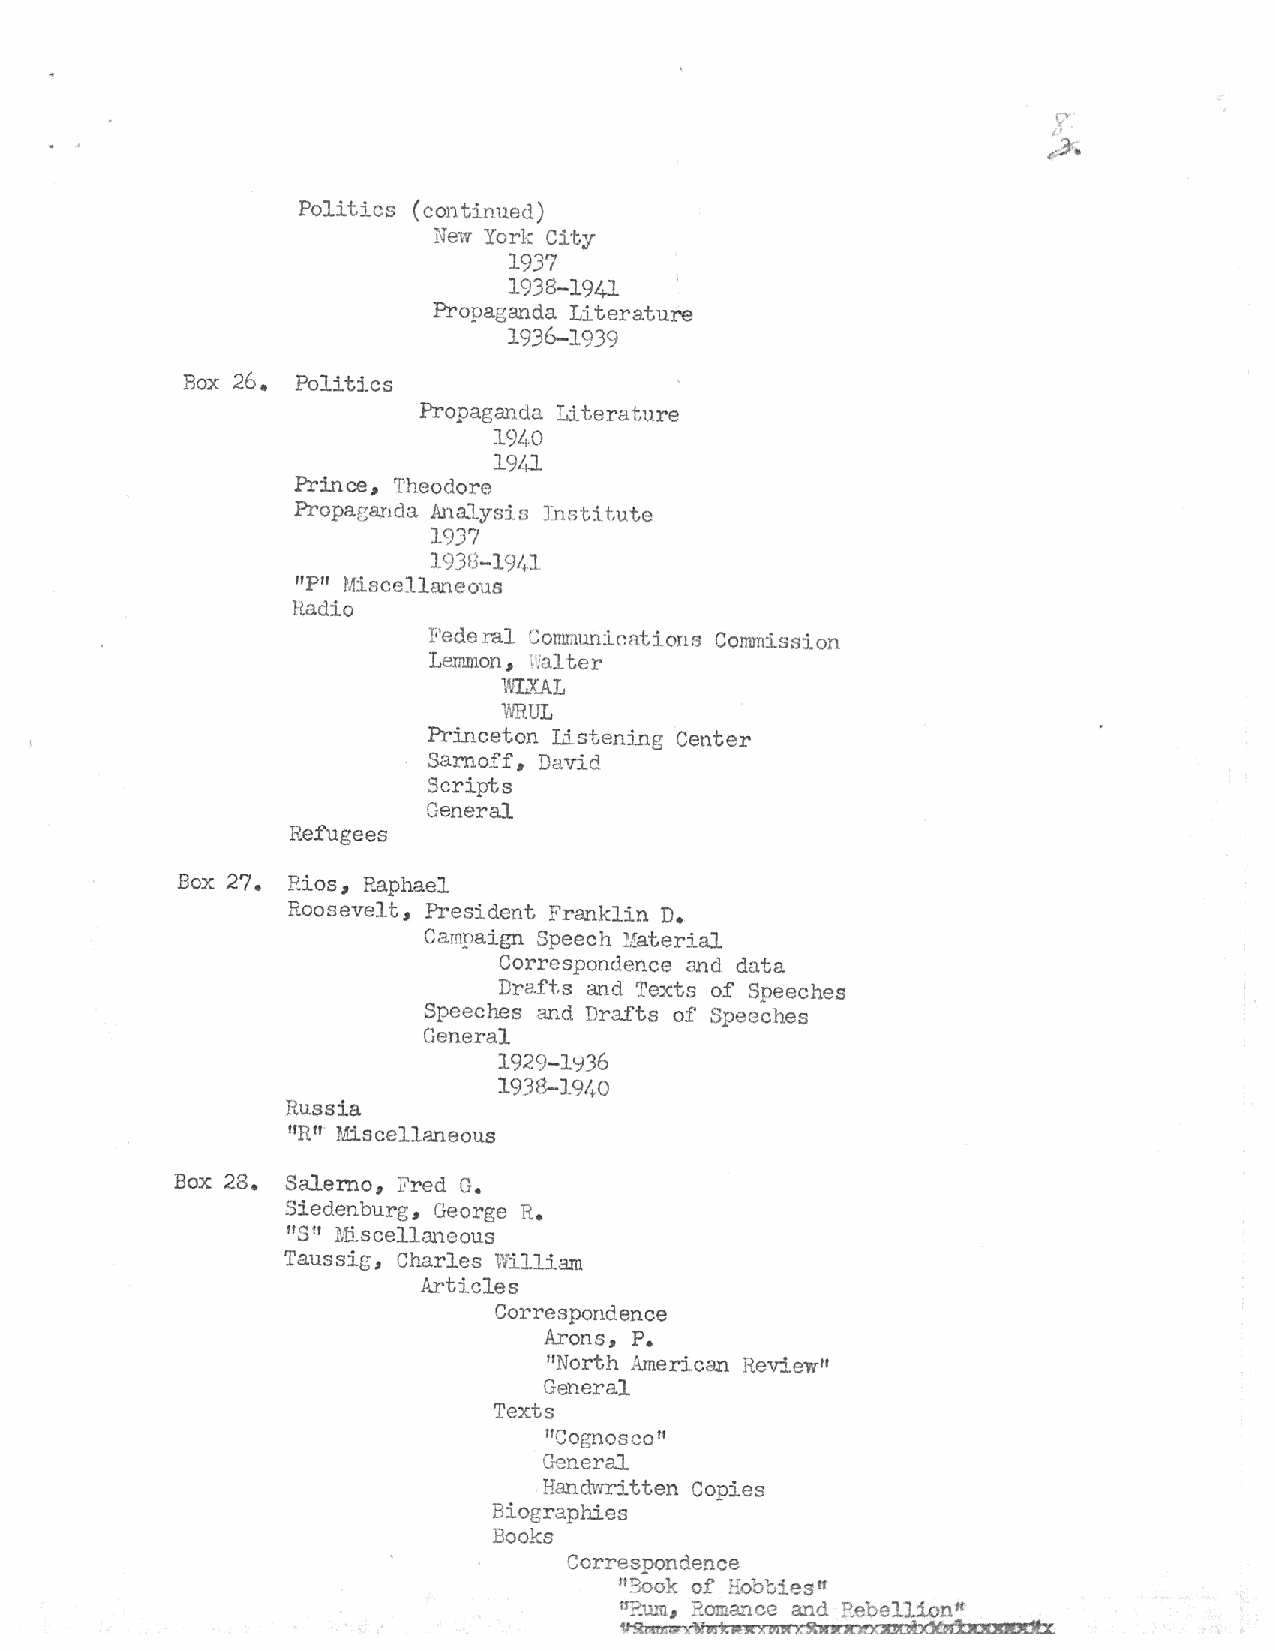
Politics (continued)
 New York Cit.y
 1937
 1938-1941
 Propaganda Literature
 1936-1939
 Box 26. Politics
 Propaganda Literature
 19~0
 19LJ_
 Prince., Theodore
 Propaganda Analysi::> Jn:>tit.ute
 19J?
 193f3-l9/fl
 "P" Miscellaneous
 Hadio
 Fede r'd.l Conunun:Lcations Corrnnission
 Lenunon, •falter
 WL.XAL
 \'JRUL
 Princeton Listening Center
 Sarnoff, David
 Scripts
 General
 Refugees
 Box 27. P.ios.,
 P~phael
 Roosevelt, President Franklin D.
 Campaign Speech Uaterial
 Correspondence and data
 Drafts and Texts of Speeches
 Speeches and Drafts of Speeches
 General
 1929-l~j36
 19313-191+-0
 Russia
 "R"
 Miscellaneous
 Box 28. Salerno, Fred G.
 Siedenburg, George R.
 "S" Miscellaneous
 Taussig, Charles William
 Articles
 Correspondence
 Arons, P.
 "North American Review"
 General
 Texts
 "Cognosce"
 General
 Handvr.ritten Copies
 Biographies
 Books
 Correspondence
 113ook of
 Eobbi~s"
 lf?.u_'ll., ?.omance and P..ebellion"